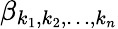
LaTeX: \beta_{k_{1},k_{2},\ldots,k_{n}}